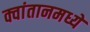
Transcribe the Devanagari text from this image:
क्वांतानमध्ये